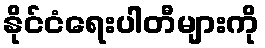
နိုင်ငံရေးပါတီများကို